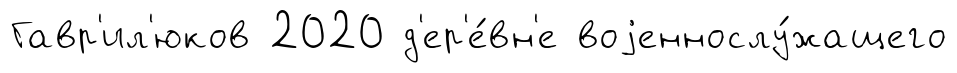
Гавр'ил'юков 2020 д'ер'е́вн'е воjеннослу́жащего